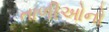
તાળીઓનો